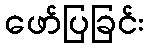
ဖော်ပြခြင်း